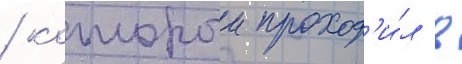
/ которыи проход'и́л в